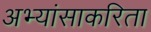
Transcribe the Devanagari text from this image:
अभ्यांसाकरिता